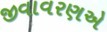
જીવાવરણએ